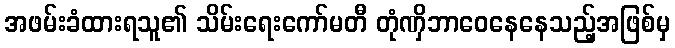
အဖမ်းခံထားရသူ၏ သိမ်းရေးကော်မတီ တုံဏှိဘာဝေနေနေသည့်အဖြစ်မှ